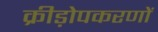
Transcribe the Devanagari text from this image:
क्रीड़ोपकरणों